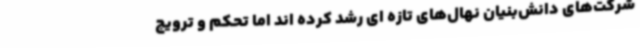
شرکت‌های دانش‌بنیان نهال‌های تازه‌ ای رشد کرده اند اما تحکم و ترویج